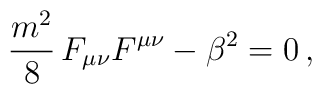
\frac{m^2}{8}\,F_{\mu\nu}F^{\mu\nu} - \beta^2 = 0\,,